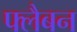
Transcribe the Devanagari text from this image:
फ्लैबन